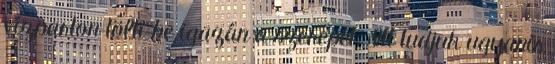
vízparton tölti be igazán a szerepét. Itt tudjuk ugyanis